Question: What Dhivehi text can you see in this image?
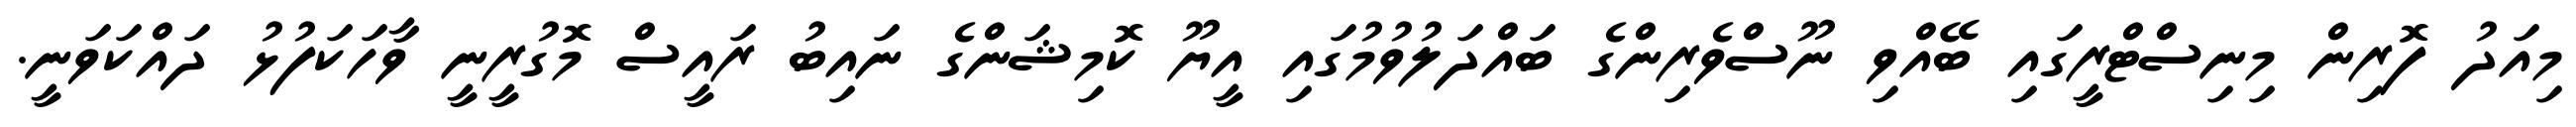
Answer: މިއަދު ފޮރިން މިނިސްޓްރީގައި ބޭއްވި ނޫސްވެރިންގެ ބައްދަލުވުމުގައި އީޔޫ ކޮމިޝަންގެ ނައިބު ރައީސް މޮގުރީނީ ވާހަކަފުޅު ދައްކަވަނީ.